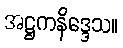
အဋ္ဌကနိဒ္ဒေသ။